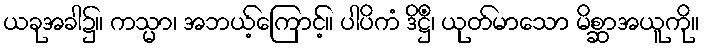
ယခုအခါ၌။ ကသ္မာ၊ အဘယ့်ကြောင့်။ ပါပိကံ ဒိဋ္ဌိံ၊ ယုတ်မာသော မိစ္ဆာအယူကို။